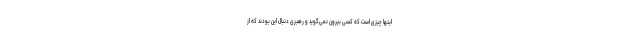
اینها چیزی است که کسی بیرون نمی‌گوید و رهبری دنبال این بودند که از